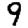
Digit: 9